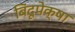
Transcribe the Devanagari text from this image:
बिंदूपेक्षा